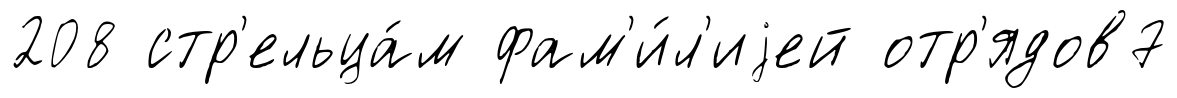
208 стр'ельца́м фам'и́л'иjей отр'ядов7